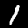
Label: 1